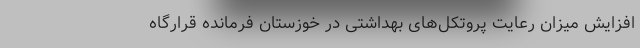
افزایش میزان رعایت پروتکل‌های بهداشتی در خوزستان فرمانده قرارگاه